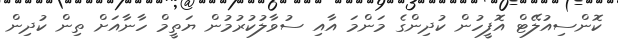
ކޮންސިއުލޭޓް އޮފީހުން ކުދިންގެ މަންމަ އާއި ސުވާލުކުރުމުން ޔަތީމް ހާނާއަށް ތިން ކުދިން